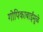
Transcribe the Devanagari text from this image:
गोपिकाबाईंमुळे